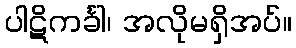
ပါဋိကင်္ခါ၊ အလိုမရှိအပ်။